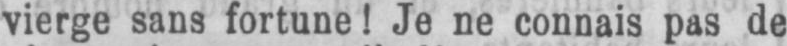
vierge sans fortune! Je ne connais pas de